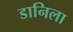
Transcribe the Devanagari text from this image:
डानिला